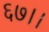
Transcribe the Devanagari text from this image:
६७।।